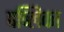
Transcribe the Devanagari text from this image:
पब्लिका